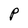
Character: P